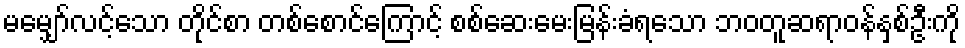
မမျှော်လင့်သော တိုင်စာ တစ်စောင်ကြောင့် စစ်ဆေးမေးမြန်းခံရသော ဘဝတူဆရာဝန်နှစ်ဦးကို